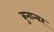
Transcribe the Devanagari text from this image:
ब्रुनान्बर